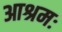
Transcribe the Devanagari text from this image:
आश्रमः